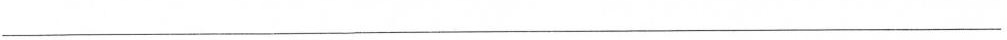
___